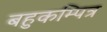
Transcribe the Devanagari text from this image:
बहुकम्पित्र